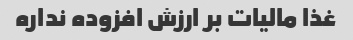
غذا مالیات بر ارزش افزوده نداره